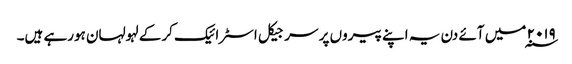
۲۰۱۹ ؁ میں آئے دن یہ اپنے پیروں پر سرجیکل اسٹرائیک کرکے لہولہان ہورہے ہیں۔